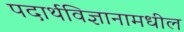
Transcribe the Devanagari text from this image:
पदार्थविज्ञानामधील